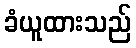
ခံယူထားသည်